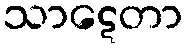
သာဋေတာ